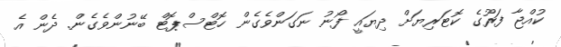
ކުއްޖާ ފަރޫގެ ކޮޓަރިޔަށް ދިޔައީ ފޯނު ނަގަންވެގެން ހޮޓްސްޕޮޓް ބޭނުންވެގެން. ދެން އެ